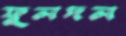
ফুলদল